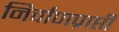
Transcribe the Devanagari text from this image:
निर्वाणप्राप्ती